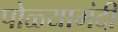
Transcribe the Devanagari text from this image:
पोळ्यामंदी